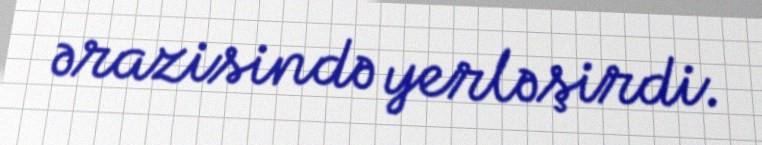
ərazisində yerləşirdi.